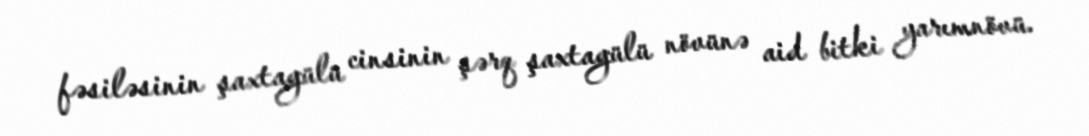
fəsiləsinin şaxtagülü cinsinin şərq şaxtagülü növünə aid bitki yarımnövü.